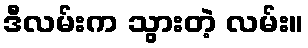
ဒီလမ်းက သွားတဲ့ လမ်း။